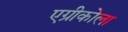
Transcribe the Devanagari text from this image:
एग्रीकोला